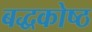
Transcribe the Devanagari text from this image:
बद्धकोष्ठ